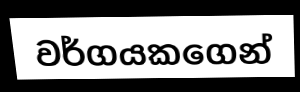
වර්ගයකගෙන්